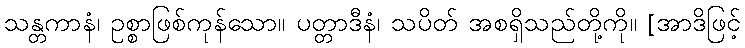
သန္တကာနံ၊ ဥစ္စာဖြစ်ကုန်သော။ ပတ္တာဒီနံ၊ သပိတ် အစရှိသည်တို့ကို။ [အာဒိဖြင့်